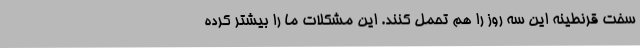
سخت قرنطینه این سه روز را هم تحمل کنند. این مشکلات ما را بیشتر کرده